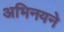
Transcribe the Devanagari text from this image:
अभिनयने